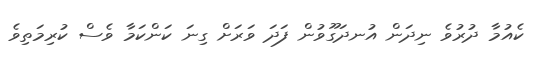
ކެއުމާ ދުރުވެ ނިދަން އުނދަގޫވުން ފަދަ ވަރަށް ގިނަ ކަންކަމާ ވެސް ކުރިމަތިވެ